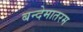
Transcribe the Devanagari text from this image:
बन्देमातरम